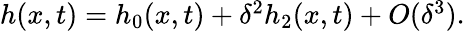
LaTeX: \begin{array}{r}{h(x,t)=h_{0}(x,t)+\delta^{2}h_{2}(x,t)+O(\delta^{3}).}\end{array}